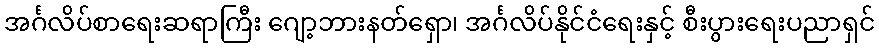
အင်္ဂလိပ်စာရေးဆရာကြီး ဂျော့ဘားနတ်ရှော၊ အင်္ဂလိပ်နိုင်ငံရေးနှင့် စီးပွားရေးပညာရှင်